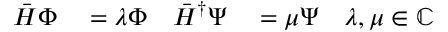
\begin{array} { r l r l r } { \bar { H } \Phi } & { { } = \lambda \Phi } & { \bar { H } ^ { \dagger } \Psi } & { { } = \mu \Psi } & { \lambda , \mu \in \mathbb { C } } \end{array}